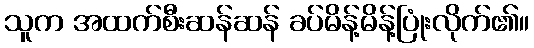
သူက အထက်စီးဆန်ဆန် ခပ်မိန့်မိန့်ပြုံးလိုက်၏။